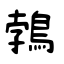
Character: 鵓